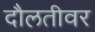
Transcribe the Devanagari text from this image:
दौलतीवर